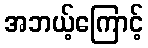
အဘယ့်ကြောင့်